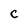
Character: c